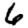
Digit: 6